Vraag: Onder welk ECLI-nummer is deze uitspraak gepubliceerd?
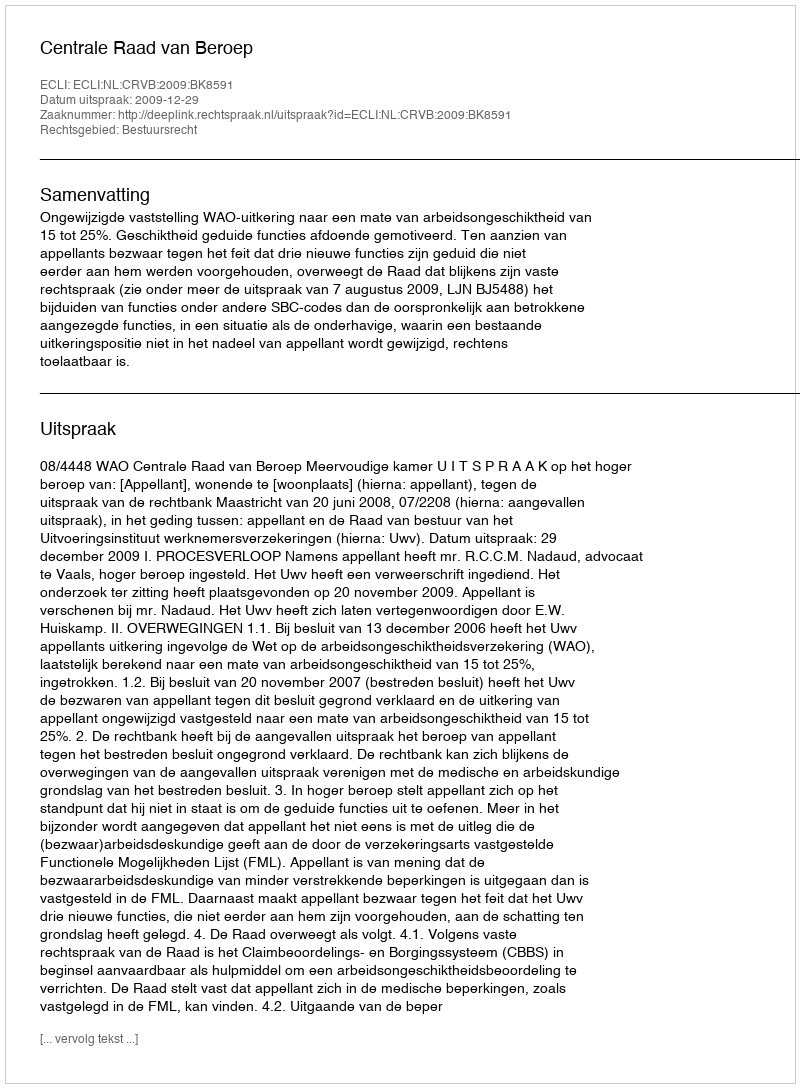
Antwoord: ECLI:NL:CRVB:2009:BK8591